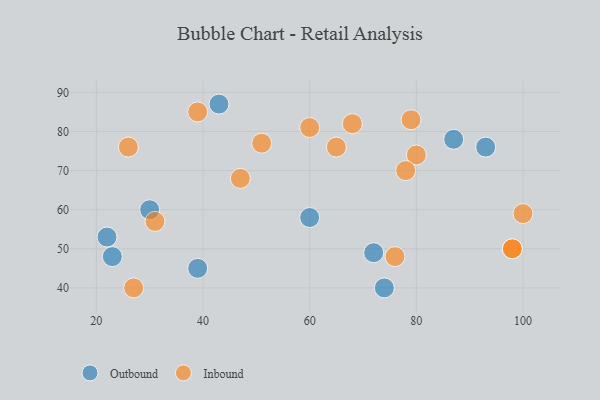
{"axis": {"x": "GDP", "y": "Life Expectancy"}, "legend": ["Inbound", "Outbound"], "data": [{"x": "60", "y": 58, "type": "Outbound"}, {"x": "93", "y": 76, "type": "Outbound"}, {"x": "87", "y": 78, "type": "Outbound"}, {"x": "23", "y": 48, "type": "Outbound"}, {"x": "22", "y": 53, "type": "Outbound"}, {"x": "39", "y": 45, "type": "Outbound"}, {"x": "74", "y": 40, "type": "Outbound"}, {"x": "43", "y": 87, "type": "Outbound"}, {"x": "72", "y": 49, "type": "Outbound"}, {"x": "30", "y": 60, "type": "Outbound"}, {"x": "39", "y": 85, "type": "Inbound"}, {"x": "26", "y": 76, "type": "Inbound"}, {"x": "60", "y": 81, "type": "Inbound"}, {"x": "27", "y": 40, "type": "Inbound"}, {"x": "65", "y": 76, "type": "Inbound"}, {"x": "51", "y": 77, "type": "Inbound"}, {"x": "80", "y": 74, "type": "Inbound"}, {"x": "100", "y": 59, "type": "Inbound"}, {"x": "98", "y": 50, "type": "Inbound"}, {"x": "78", "y": 70, "type": "Inbound"}, {"x": "68", "y": 82, "type": "Inbound"}, {"x": "47", "y": 68, "type": "Inbound"}, {"x": "31", "y": 57, "type": "Inbound"}, {"x": "76", "y": 48, "type": "Inbound"}, {"x": "98", "y": 50, "type": "Inbound"}, {"x": "79", "y": 83, "type": "Inbound"}]}